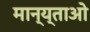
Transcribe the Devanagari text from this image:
मान्य्ताओ